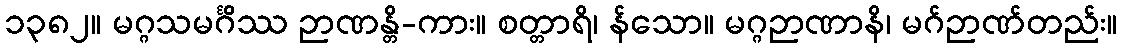
၁၃၈၂။ မဂ္ဂသမင်္ဂိဿ ဉာဏန္တိ-ကား။ စတ္တာရိ၊ န်သော။ မဂ္ဂဉာဏာနိ၊ မဂ်ဉာဏ်တည်း။